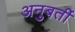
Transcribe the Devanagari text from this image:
अनुबर्ती